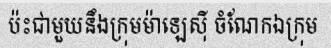
ប៉ះជាមួយនឹងក្រុមម៉ាឡេស៊ី ចំណែកឯក្រុម